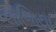
લોજિયા